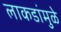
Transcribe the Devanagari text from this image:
लाकडांमुळे